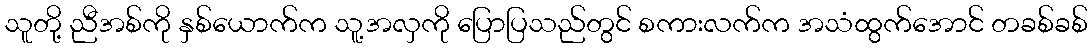
သူတို့ ညီအစ်ကို နှစ်ယောက်က သူ့အလှကို ပြောပြသည်တွင် စကားလက်က အသံထွက်အောင် တခစ်ခစ်